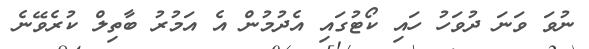
ނުވަ ވަނަ ދުވަހު ހައި ކޯޓުގައި އެދުމުން އެ އަމުރު ބާތިލް ކުރެވޭނެ